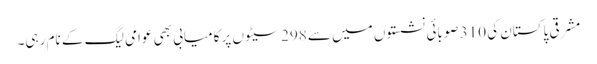
مشرقی پاکستان کی 310 صوبائی نشستوں میں سے 298 سیٹوں پر کامیابی بھی عوامی لیگ کے نام رہی۔